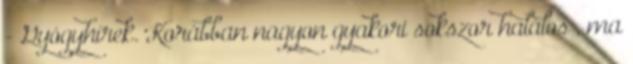
- Gyógyhírek. Korábban nagyon gyakori sokszor halálos , ma